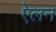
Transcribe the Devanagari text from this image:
एेलन